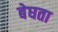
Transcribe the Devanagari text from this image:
बेघता